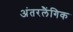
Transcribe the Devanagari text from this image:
अंतरलैंगिक